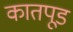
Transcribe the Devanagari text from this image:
कातपूड